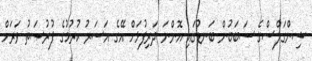
ޝިންގަލްސްގެ ސަބަބުން ބަނޑުގައި އޮންނަ ދަރިފުޅަށް އޭގެ އަސަރު ކުރުމުގެ ފުރުޞަތު ވަރަށް